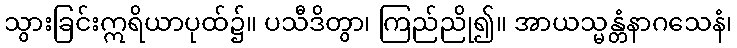
သွားခြင်းဣရိယာပုထ်၌။ ပသီဒိတွာ၊ ကြည်ညို၍။ အာယသ္မန္တံနာဂသေနံ၊